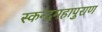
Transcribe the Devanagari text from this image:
स्कन्दमहापुराण